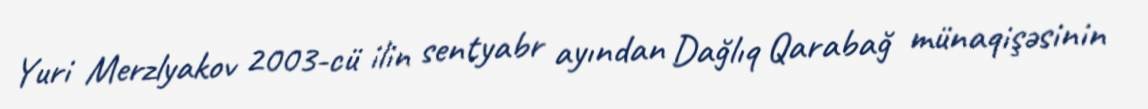
Yuri Merzlyakov 2003-cü ilin sentyabr ayından Dağlıq Qarabağ münaqişəsinin